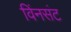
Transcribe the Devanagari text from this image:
विंनसंट